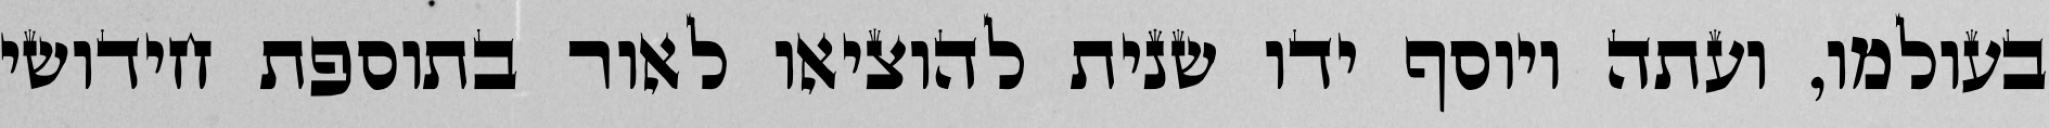
בעולמו, ועתה ויוסף ידו שנית להוציאו לאור בתוספת חידושי